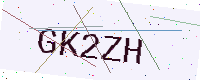
Text: GK2ZH